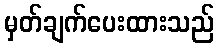
မှတ်ချက်ပေးထားသည်